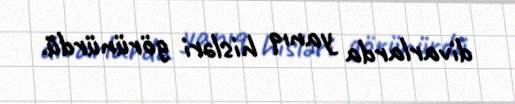
divarlarda yanıq hisləri görünürdü.